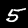
Digit: 5